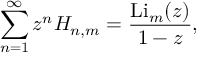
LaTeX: \sum _ { n = 1 } ^ { \infty } z ^ { n } H _ { n , m } = { \frac { \operatorname { L i } _ { m } ( z ) } { 1 - z } } ,